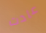
عادت